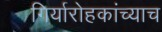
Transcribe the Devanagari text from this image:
गिर्यारोहकांच्याच